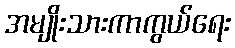
အမျိုးသားကာကွယ်ရေး